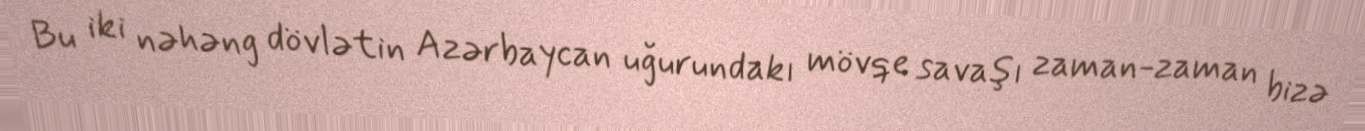
Bu iki nəhəng dövlətin Azərbaycan uğurundakı mövqe savaşı zaman-zaman bizə